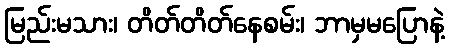
မြည်းမသား၊ တိတ်တိတ်နေစမ်း၊ ဘာမှမပြောနဲ့